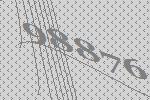
98876